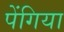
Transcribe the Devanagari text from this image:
पेंगिया